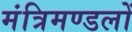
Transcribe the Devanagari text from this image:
मंत्रिमण्डलों